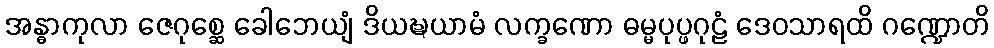
အန္ဓာကုလာ ဇေဂုစ္ဆေ ခေါဘေယျံ ဒိယဍ္ဎယာမံ လက္ခဏော ဓမ္မပုပ္ဖဂုဠံ ဒေဝသာရထိ ဂဏ္ဍောတိ